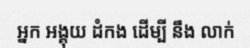
អ្នក អង្គុយ ដំកង ដើម្បី នឹង លាក់